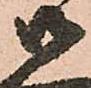
御